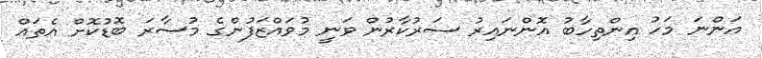
އަންނަ މަހު އިންތިހާބު އޮންނައިރު ސަރުކާރުން ވަނީ މުވައްޒަފުންގެ މުސާރަ ބޮޑުކޮށް އެތައް